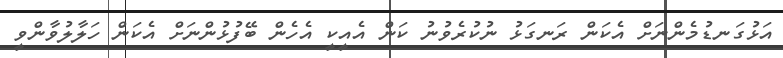
އަޅުގަނޑުމެންނަށް އެކަން ރަނގަޅު ނުކުރެވުނު ކަން އެއީކީ އެހެން ބޭފުޅުންނަށް އެކަން ހަލާލުވާންވީ